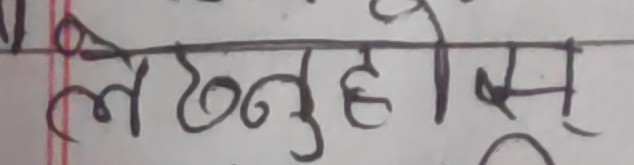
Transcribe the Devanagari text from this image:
लेख्नुहोस्